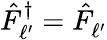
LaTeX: \hat{F}_{\ell^{\prime}}^{\dagger}=\hat{F}_{\ell^{\prime}}^{}